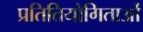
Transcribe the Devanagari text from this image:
प्रतितियोगिताओं